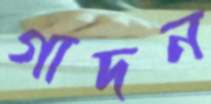
গাদন